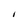
Character: I